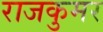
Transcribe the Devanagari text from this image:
राजकुमर